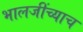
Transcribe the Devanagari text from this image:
भालजींच्याच